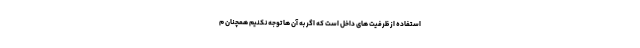
استفاده از ظرفیت های داخل است که اگر به آن ها توجه نکنیم همچنان م